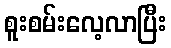
စူးစမ်းလေ့လာပြီး